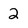
Character: 2